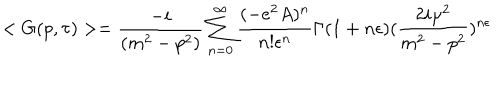
LaTeX: < G ( p , \tau ) > = \frac { - i } { ( m ^ { 2 } - p ^ { 2 } ) } \sum _ { n = 0 } ^ { \infty } \frac { ( - e ^ { 2 } A ) ^ { n } } { n ! \epsilon ^ { n } } \Gamma ( 1 + n \epsilon ) ( \frac { 2 i \mu ^ { 2 } } { m ^ { 2 } - p ^ { 2 } } ) ^ { n \epsilon }